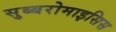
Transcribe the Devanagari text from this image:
सुब्बरोमाइसिस